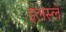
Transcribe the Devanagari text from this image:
इलस्ले